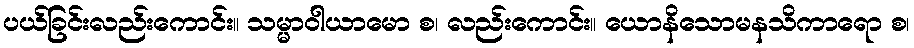
ပယ်ခြင်းလည်းကောင်း။ သမ္မာဝါယာမော စ၊ လည်းကောင်း။ ယောနိသောမနသိကာရော စ၊